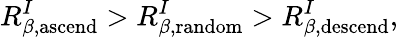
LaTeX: R_{\beta,\mathrm{ascend}}^{I}>R_{\beta,\mathrm{random}}^{I}>R_{\beta,\mathrm{descend}}^{I},